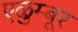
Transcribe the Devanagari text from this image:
एळुम्बूर